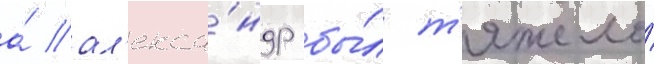
а́ ал'екса́ндр бы́л т'яжело́